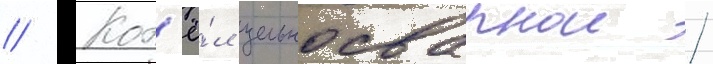
// Кот'ё́л цельносварнои /